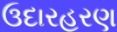
ઉદારહરણ